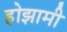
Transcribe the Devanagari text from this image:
होझामी